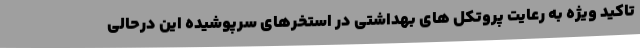
تاکید ویژه به رعایت پروتکل های بهداشتی در استخرهای سرپوشیده این درحالی